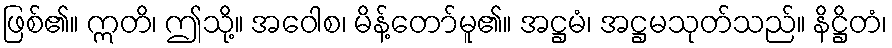
ဖြစ်၏။ ဣတိ၊ ဤသို့။ အဝေါစ၊ မိန့်တော်မူ၏။ အဋ္ဌမံ၊ အဋ္ဌမသုတ်သည်။ နိဋ္ဌိတံ၊